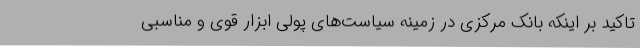
تاکید بر اینکه بانک مرکزی در زمینه سیاست‌های پولی ابزار قوی و مناسبی